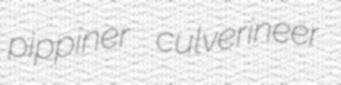
pippiner culverineer